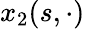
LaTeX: x_{2}(s,\cdot)